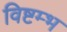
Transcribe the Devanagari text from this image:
विष्टम्भ